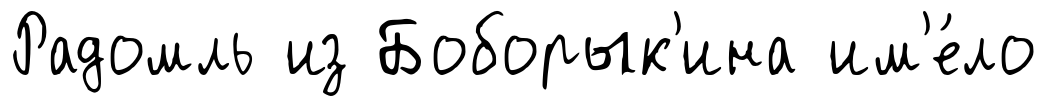
Радомль из Боборык'ина им'е́ло